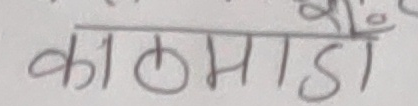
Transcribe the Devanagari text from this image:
काठमाडाँ